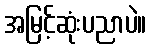
အမြင့်ဆုံးပညာပဲ။